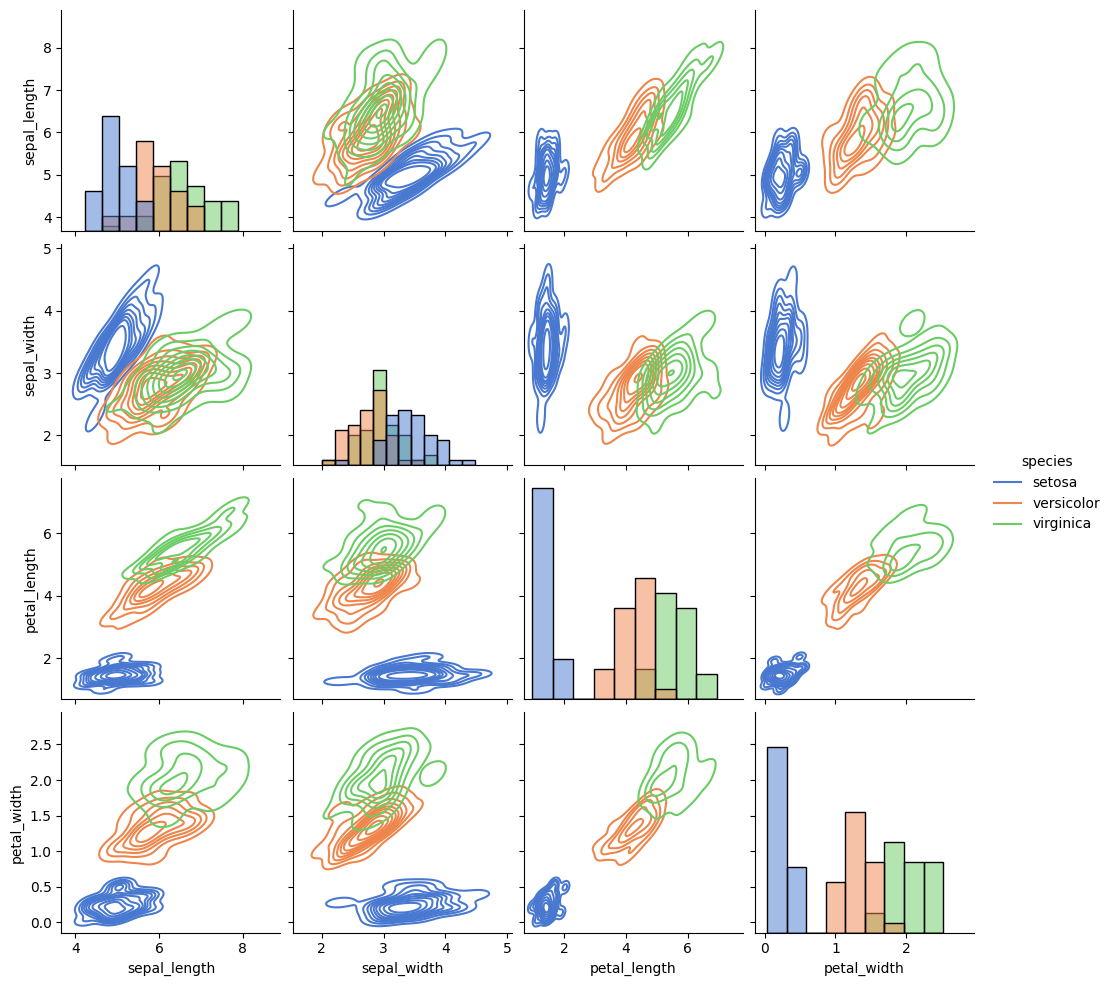
python, seaborn, pairplot, palette='muted', markers=['o'], kind='kde', diag_kind='hist'